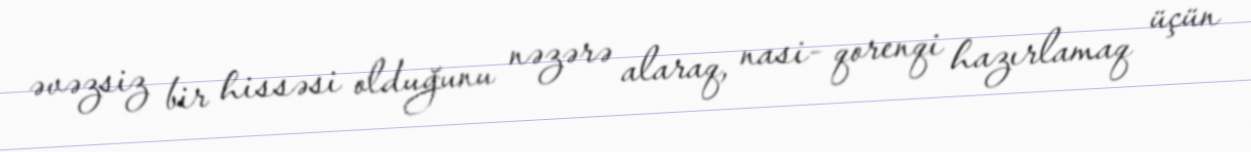
əvəzsiz bir hissəsi olduğunu nəzərə alaraq, nasi- qorenqi hazırlamaq üçün